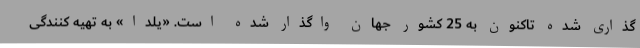
گذاری شده تاکنون به 25 کشور جهان واگذار شده است. «یلدا» به تهیه کنندگی